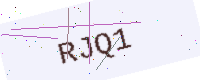
Text: RJQ1